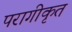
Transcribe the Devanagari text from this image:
परागीकृत